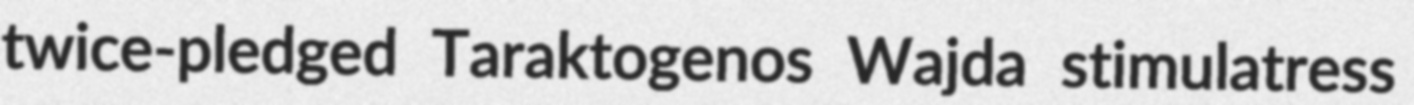
twice-pledged Taraktogenos Wajda stimulatress